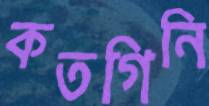
কতগিনি